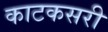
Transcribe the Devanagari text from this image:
काटकसरी